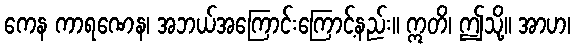
ကေန ကာရဏေန၊ အဘယ်အကြောင်းကြောင့်နည်း။ ဣတိ၊ ဤသို့။ အာဟ၊